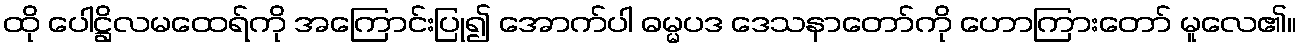
ထို ပေါဋ္ဌိလမထေရ်ကို အကြောင်းပြု၍ အောက်ပါ ဓမ္မပဒ ဒေသနာတော်ကို ဟောကြားတော် မူလေ၏။